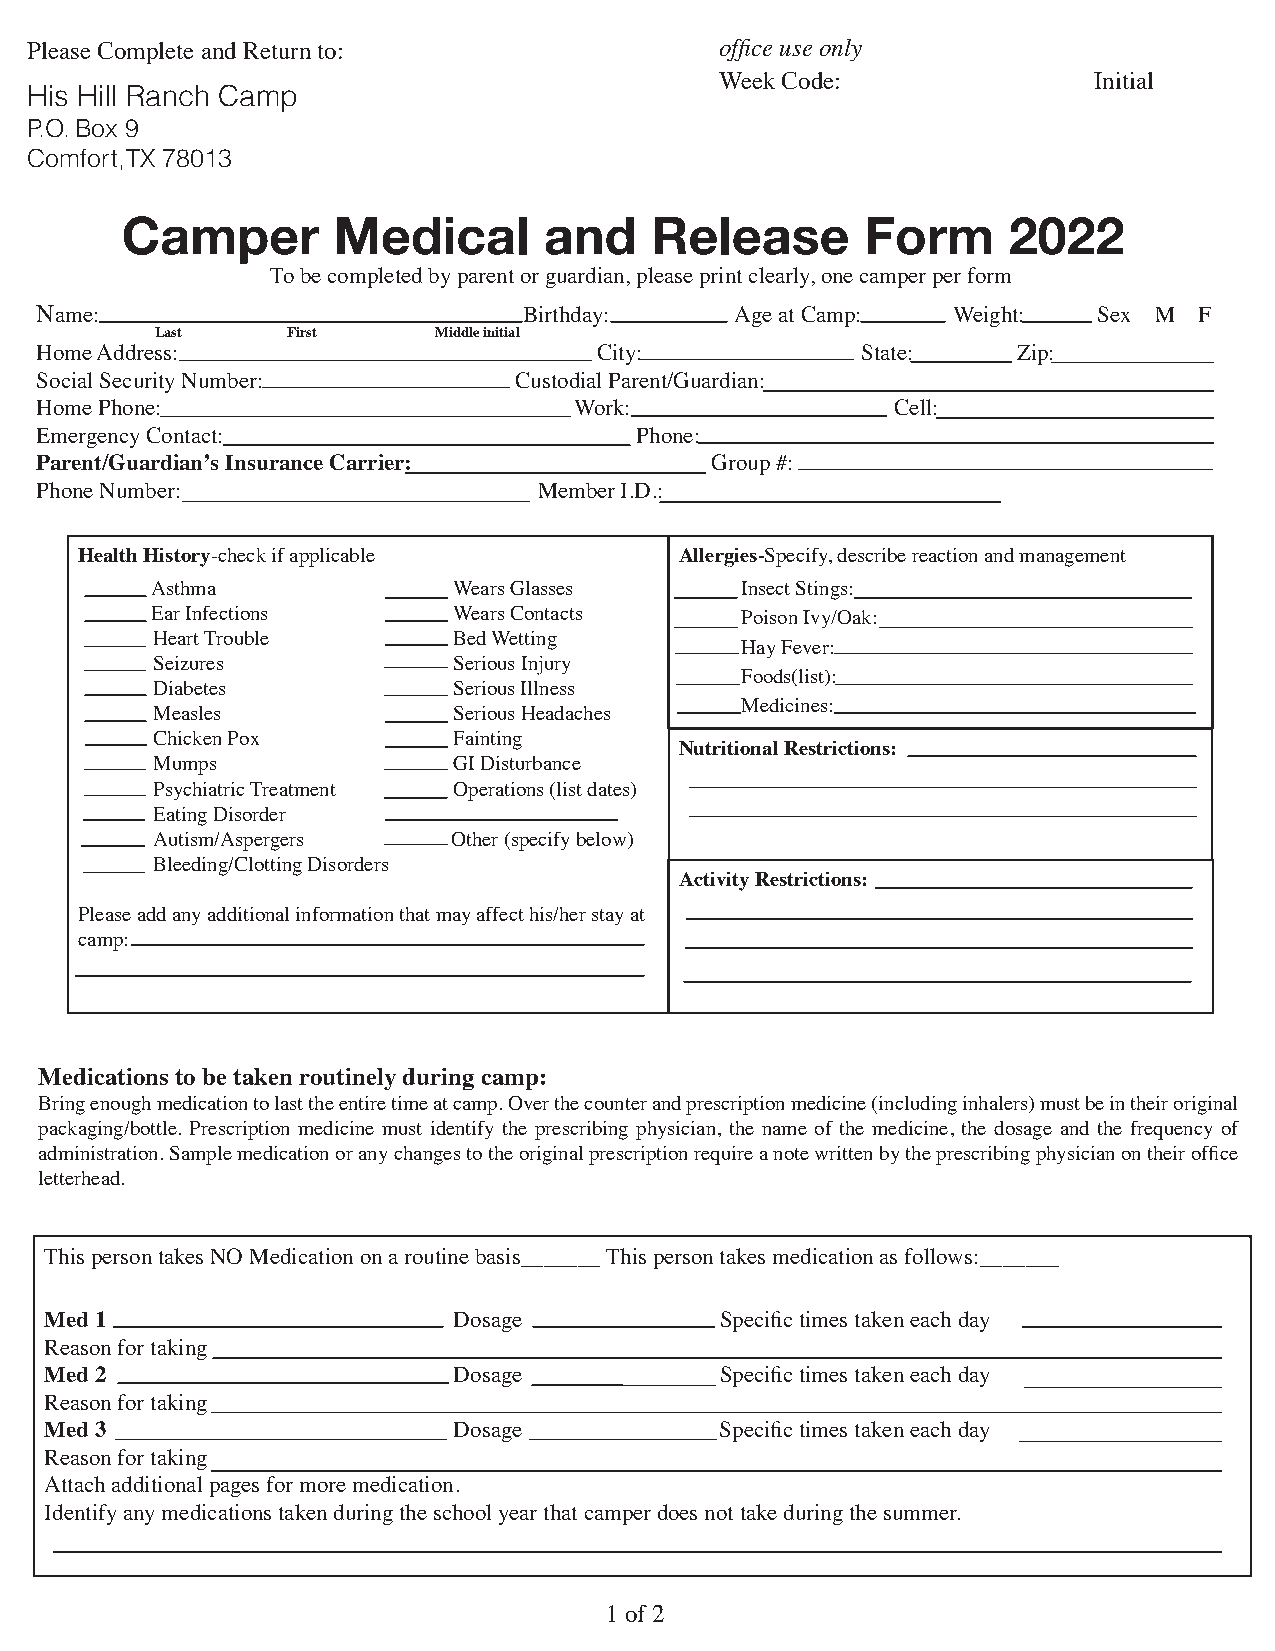
Please Complete and Return to:                office use only
 Week Code:              Initial
 His Hill Ranch Camp
 P.O. Box 9
 Comfort, TX 78013
 Camper        Medical       and    Release       Form      2022
 To be completed by parent or guardian, please print clearly, one camper per form
 Name:                            Birthday:     Age at Camp:  Weight:   Sex M F
 Last     First     Middle initial
 H o m e A d d r e ss:                 City:            State:    Zip:
 Social Security Number:         Custodial Parent/Guardian:
 Home Phone:                         Work:                Cell:
 Emergency Contact:                      Phone:
 Parent/Guardian’s Insurance Carrier:         Group #:
 Phone Number:                     Member I.D.:
 Health History-check if applicable      Allergies-Specify, describe reaction and management
 Asthma              Wears Glasses      Insect Stings:
 Ear Infections      Wears Contacts     Poison Ivy/Oak:
 Heart Trouble       Bed Wetting
 Hay Fever:
 Seizures            Serious Injury
 Foods(list):
 Diabetes            Serious Illness
 Medicines:
 Measles             Serious Headaches
 Chicken Pox         Fainting
 Nutritional Restrictions:
 Mumps               GI Disturbance
 Psychiatric Treatment Operations (list dates)
 Eating Disorder
 Autism/Aspergers    Other (specify below)
 Bleeding/Clotting Disorders
 Activity Restrictions:
 Please add any additional information that may affect his/her stay at
 camp:
 Medications to be taken routinely during camp:
 Bring enough medication to last the entire time at camp. Over the counter and prescription medicine (including inhalers) must be in their original
 packaging/bottle. Prescription medicine must identify the prescribing physician, the name of the medicine, the dosage and the frequency of
 administration. Sample medication or any changes to the original prescription require a note written by the prescribing physician on their office
 letterhead.
 This person takes NO Medication on a routine basis_______ This person takes medication as follows:_______
 Med 1                      Dosage            Specific times taken each day
 Reason for taking
 Med 2                      Dosage            Specific times taken each day
 Reason for taking
 Med 3                      Dosage            Specific times taken each day
 Reason for taking
 Attach additional pages for more medication.
 Identify any medications taken during the school year that camper does not take during the summer.
 1 of 2